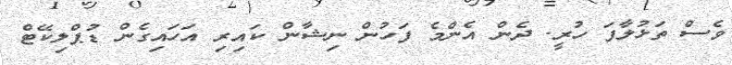
ވެސް ތަޅުލާފަ ހުރީ. ދެން އެންމެ ފަހުން ނިޝާން ކައިރި އަހައިގެން ޑުޕްލިކޭޓް